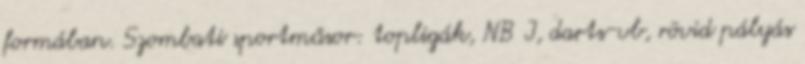
formában. Szombati sportműsor: topligák, NB I, darts-vb, rövid pályás